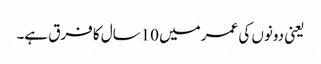
یعنی دونوں کی عمر میں 10سال کا فرق ہے۔